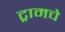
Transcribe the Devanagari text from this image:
ट्रामचे